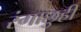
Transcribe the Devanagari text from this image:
रंगाछुही